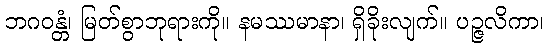
ဘဂဝန္တံ၊ မြတ်စွာဘုရားကို။ နမဿမာနာ၊ ရှိခိုးလျက်။ ပဉ္ဇလိကာ၊